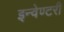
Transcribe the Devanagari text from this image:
इन्वेण्टरी